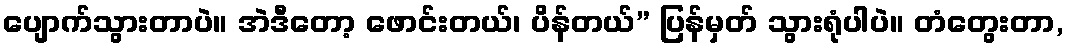
ပျောက်သွားတာပဲ။ အဲဒီတော့ ဖောင်းတယ်၊ ပိန်တယ်” ပြန်မှတ် သွားရုံပါပဲ။ တံတွေးတာ,